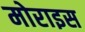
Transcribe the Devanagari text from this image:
मोराइस